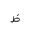
Letter: _za